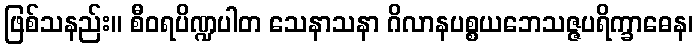
ဖြစ်သနည်း။ စီဝရပိဏ္ဍပါတ သေနာသနာ ဂိလာနပစ္စယဘေသဇ္ဇပရိက္ခာဓေန၊